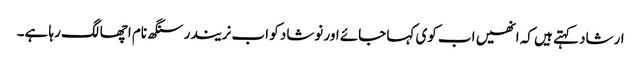
ارشاد کہتے ہیں کہ انھیں اب کوی کہا جائے اور نوشاد کو اب نریندر سنگھ نام اچھا لگ رہا ہے۔